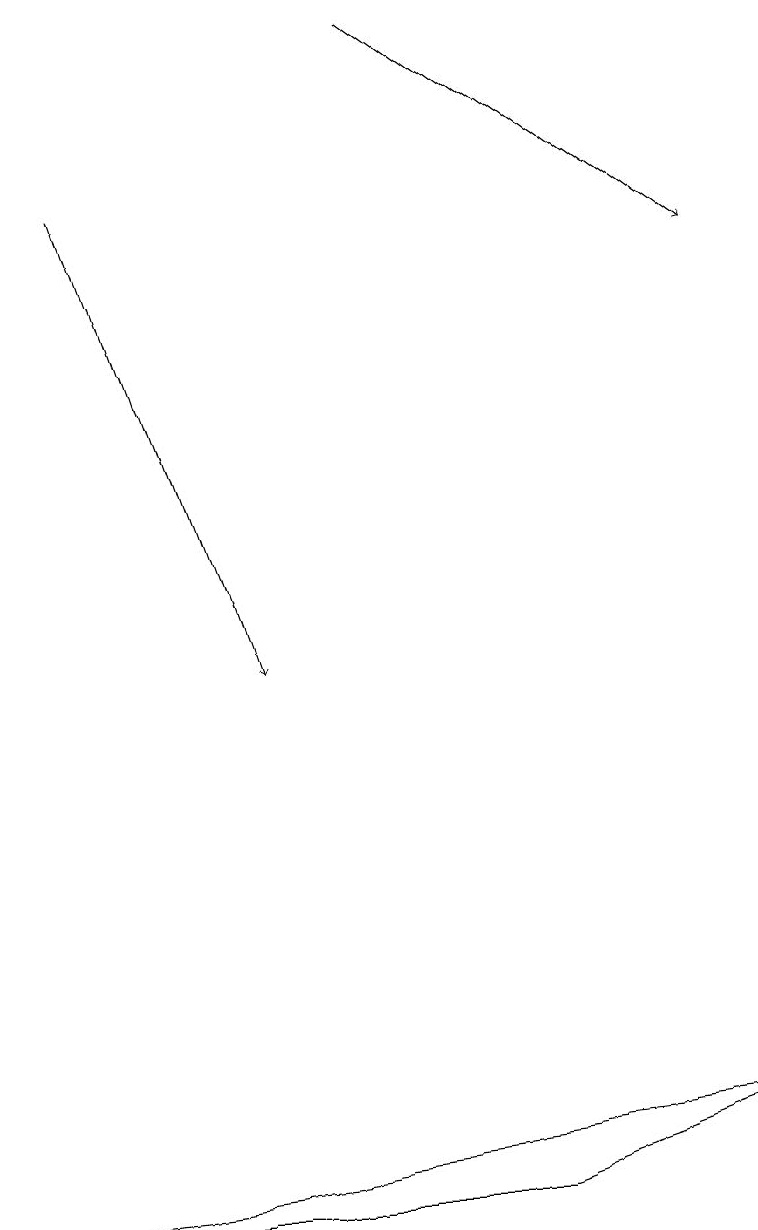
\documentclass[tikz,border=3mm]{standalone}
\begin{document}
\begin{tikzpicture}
\draw (9,4) -- (0,3) -- (6,3) -- cycle;
\draw[->] (5,18) -- (9,15);
\draw[->] (1,16) -- (3,10);
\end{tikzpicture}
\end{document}